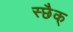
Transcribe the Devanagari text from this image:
स्छैक्